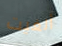
ألغيت